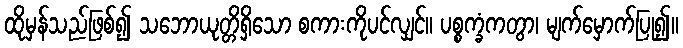
ထိုမှန်သည်ဖြစ်၍ သဘောယုတ္တိရှိသော စကားကိုပင်လျှင်။ ပစ္စက္ခံကတွာ၊ မျက်မှောက်ပြု၍။